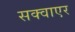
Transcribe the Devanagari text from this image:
सक्वाएर